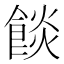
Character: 餤